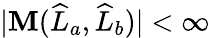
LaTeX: |\mathbf{M}(\widehat{{L}}_{a},\widehat{{L}}_{b})|<\infty